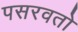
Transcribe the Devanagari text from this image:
पसरवतो